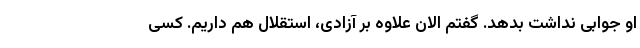
او جوابی نداشت بدهد. گفتم الان علاوه بر آزادی، استقلال هم داریم. کسی